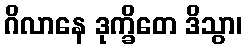
ဂိလာနေ ဒုက္ခိတေ ဒိသွာ၊